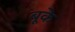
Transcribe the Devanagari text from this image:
बूके